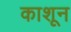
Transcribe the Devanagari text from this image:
काशून